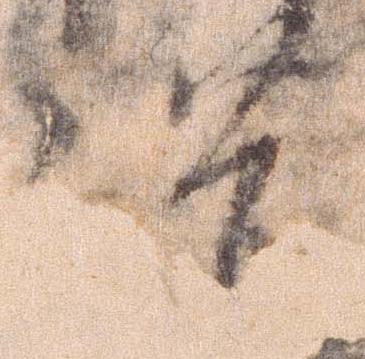
濃